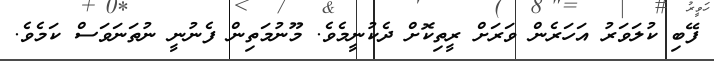
ފޭބި ކުލަވަރު އަހަރެން ވަރަށް ރީތިކޮށް ދެކުނީމެވެ. މޫނުމަތިން ފެނުނީ ނުތަނަވަސް ކަމެވެ.